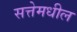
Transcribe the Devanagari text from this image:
सत्तेमधील